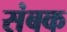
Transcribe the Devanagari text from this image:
संबक